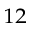
^ { 1 2 }